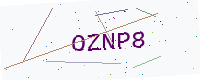
Text: OZNP8